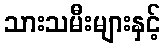
သားသမီးများနှင့်